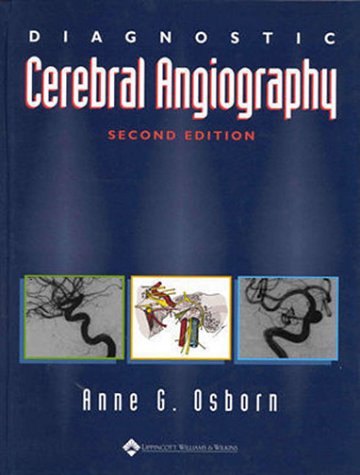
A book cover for Diagnostic Cerebral Angiography; Anne G. Osborn MD; Health, Fitness & Dieting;